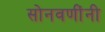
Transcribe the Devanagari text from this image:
सोनवणींनी